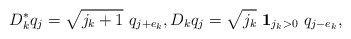
\begin{align*}D^*_k q_j=\sqrt{j_k+1}\ q_{j+e_k},D_k q_j=\sqrt{j_k}\ \mathbf{1}_{j_k>0}\ q_{j-e_k},\end{align*}